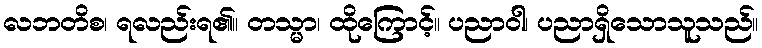
လဘတိစ၊ ရလည်းရ၏။ တသ္မာ၊ ထိုကြောင့်။ ပညာဝါ၊ ပညာရှိသောသူသည်။